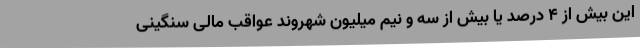
این بیش از 4 درصد یا بیش از سه و نیم میلیون شهروند عواقب مالی سنگینی